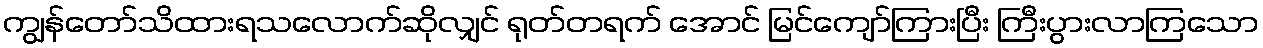
ကျွန်တော်သိထားရသလောက်ဆိုလျှင် ရုတ်တရက် အောင် မြင်ကျော်ကြားပြီး ကြီးပွားလာကြသော